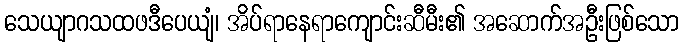
သေယျာဂသထဖဒီပေယျံ၊ အိပ်ရာနေရာကျောင်းဆီမီး၏ အဆောက်အဦးဖြစ်သော